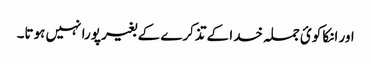
اور انکا کوئ جملہ خدا کے تذکرے کے بغیر پورا نہیں ہوتا۔